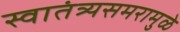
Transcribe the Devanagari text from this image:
स्वातंत्र्यसमरामुळे